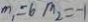
m _ { 1 } = 6 m _ { 2 } = - 1